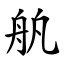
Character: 舧